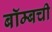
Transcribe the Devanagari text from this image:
बॉम्बची